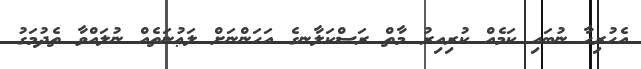
އެހުރިހާ ނުބައި ކަމެއް ކުރިއިރު މާތް ރަސްކަލާނގެ އަހަންނަށް ލަޢުނަތެއް ނުލައްވާ ތެދުމަގު